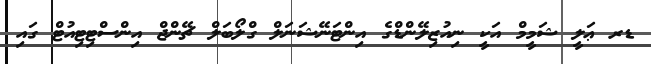
ޑރ ޢަލީ ޝަމީމް އަކީ ނިއުޒިލޭންޑްގެ އިންޓަނޭޝަނަލް ގްލޯބަލް ޗޭންޖް އިންސްޓިޓިއުޓް ގައި